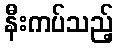
နီးကပ်သည့်